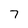
Character: 7